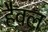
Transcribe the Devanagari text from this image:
हैवल